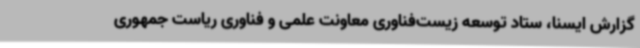
گزارش ایسنا، ستاد توسعه زیست‌فناوری معاونت علمی و فناوری ریاست جمهوری